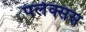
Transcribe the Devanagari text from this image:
पलेक्सस